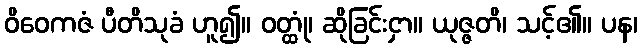
ဝိဝေကဇံ ပီတိသုခံ ဟူ၍။ ဝတ္ထုံ၊ ဆိုခြင်းငှာ။ ယုဇ္ဇတိ၊ သင့်၏။ ပန၊